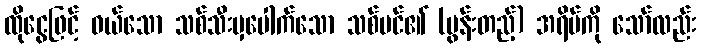
ထိုငွေဖြင့် ဝယ်သော သစ်သီးမှပေါက်သော သစ်ပင်၏ (မွန်းတည့်) အရိပ်ကို သော်လည်း